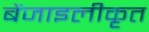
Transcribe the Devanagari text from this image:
बेंजाइलीकृत